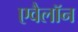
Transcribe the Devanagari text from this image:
एवैलॉन